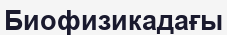
Биофизикадағы